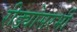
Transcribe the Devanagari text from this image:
रीड्योसरभी